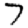
Digit: 7